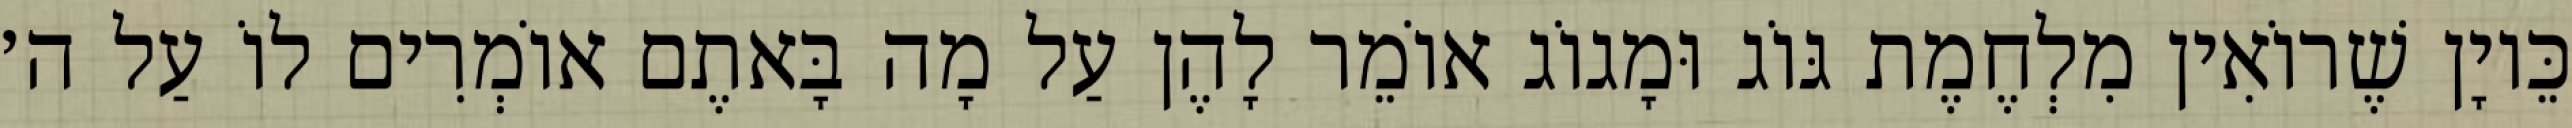
כֵּיוָן שֶׁרוֹאִין מִלְחֶמֶת גּוֹג וּמָגוֹג אוֹמֵר לָהֶן עַל מָה בָּאתֶם אוֹמְרִים לוֹ עַל ה׳